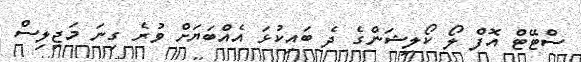
ސްޓޭޓް އޮފް ލޯ ކޯލިޝަންގެ ދެ ބައިކުޅަ އެއްބަޔަށް ވުރެ ގިނަ މަޖިލިސް